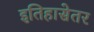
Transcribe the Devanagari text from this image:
इतिहासेतर